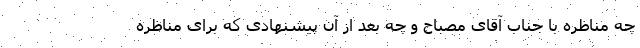
چه مناظره با جناب آقای مصباح و چه بعد از آن پیشنهادی که برای مناظره